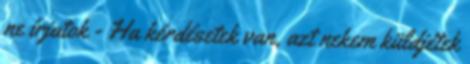
ne írjatok - Ha kérdésetek van, azt nekem küldjétek